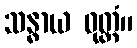
သန္ဓာယ ဝုတ္တံ။